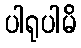
ပါရုပါမိ